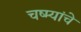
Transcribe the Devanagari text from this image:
चष्म्यांचे